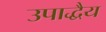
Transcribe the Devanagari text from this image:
उपाद्धैय